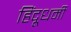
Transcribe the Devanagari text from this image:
हिंदूधर्मी